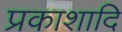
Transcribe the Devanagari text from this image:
प्रकाशादि